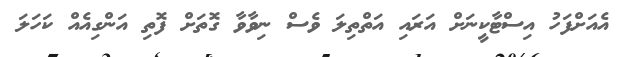
އެއަށްފަހު އިސްޓާކީނަށް އަރައި އަތްތިލަ ވެސް ނިވާވާ ގޮތަށް ފޮތި އަންގިއެއް ކަހަލަ